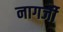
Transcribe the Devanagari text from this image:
नागर्जी